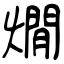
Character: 燗